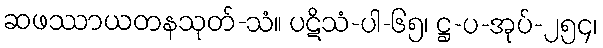
ဆဖဿာယတနသုတ်-သံ။ ပဋိသံ-ပါ-၆၅၊ ဋ္ဌ-ပ-အုပ်-၂၅၄၊